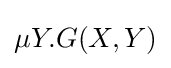
\mu Y.G(X,Y)